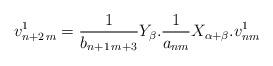
LaTeX: \begin{align*} v_{n+2\,m}^1=\frac1{b_{n+1\,m+3}}Y_\beta. \frac1{a_{nm}}X_{\alpha+\beta}.v_{nm}^1\end{align*}